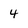
Character: 4